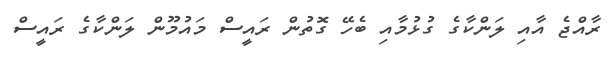
ރާއްޖެ އާއި ލަންކާގެ ގުޅުމާއި ބެހޭ ގޮތުން ރައީސް މައުމޫން ލަންކާގެ ރައީސް